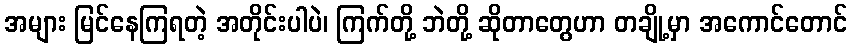
အများ မြင်နေကြရတဲ့ အတိုင်းပါပဲ၊ ကြက်တို့ ဘဲတို့ ဆိုတာတွေဟာ တချို့မှာ အကောင်တောင်